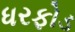
ધરફોડ